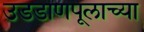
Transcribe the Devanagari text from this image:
उडडाणपूलाच्या